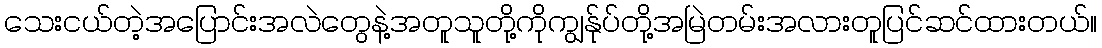
သေးငယ်တဲ့အပြောင်းအလဲတွေနဲ့အတူသူတို့ကိုကျွန်ုပ်တို့အမြဲတမ်းအလားတူပြင်ဆင်ထားတယ်။